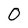
Character: O